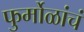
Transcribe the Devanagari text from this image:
फुर्मोळांचं